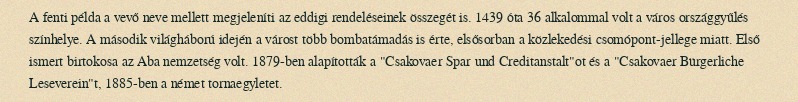
A fenti példa a vevő neve mellett megjeleníti az eddigi rendeléseinek összegét is. 1439 óta 36 alkalommal volt a város országgyűlés színhelye. A második világháború idején a várost több bombatámadás is érte, elsősorban a közlekedési csomópont-jellege miatt. Első ismert birtokosa az Aba nemzetség volt. 1879-ben alapították a "Csakovaer Spar und Creditanstalt"ot és a "Csakovaer Bürgerliche Leseverein"t, 1885-ben a német tornaegyletet.